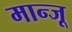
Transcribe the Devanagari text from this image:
मान्जू